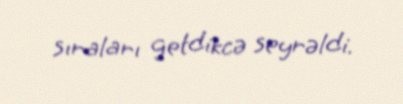
sıraları getdikcə seyrəldi.